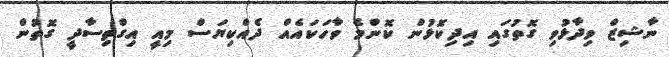
ނާޝިޒް ވިދާޅުވި ގޮތުގައި އިދިކޮޅުން ކޮންމެ ވާހަކައެއް ދެއްކިޔަސް މިއީ އިގްތިސާދީ ގޮތުން